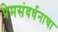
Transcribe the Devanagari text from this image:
प्रेमसंवर्धनाचा